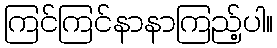
ကြင်ကြင်နာနာကြည့်ပါ။